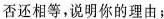
否还相等，说明你的理由；